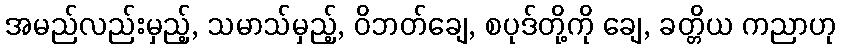
အမည်လည်းမှည့်, သမာသ်မှည့်, ဝိဘတ်ချေ, စပုဒ်တို့ကို ချေ, ခတ္တိယ ကညာဟု